Problem: 34 + 44 = ?
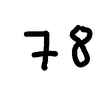
Handwritten answer: 78